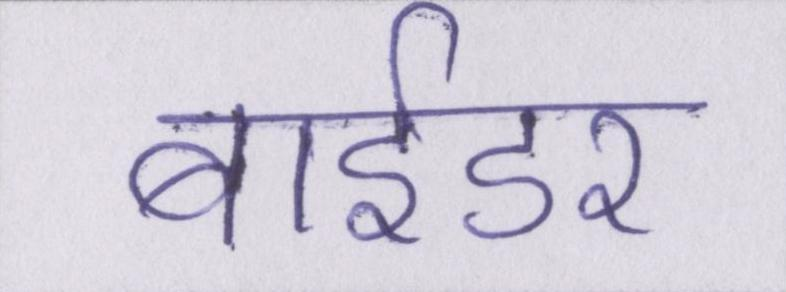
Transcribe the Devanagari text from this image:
बाईडर